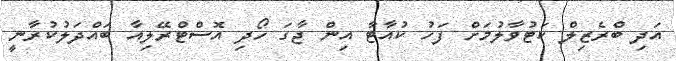
އަދި ބްރެޒިލް ކަޓުވާލުމަށް ފަހު ކުއާޓާ އިން ޖާގަ ހޯދި އޮސްޓްރޭލިއާ ބައްދަލުކުރާނީ